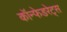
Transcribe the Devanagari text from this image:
कॉन्फेडरेट्स